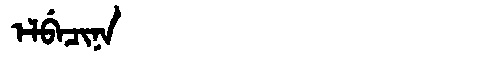
Manchu: ᡝᠯᠪᡝᠴᡳᠨᠠ
Romanization: ELBECINA